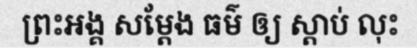
ព្រះអង្គ សម្តែង ធម៌ ឲ្យ ស្តាប់ លុះ